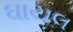
ઘાયલ